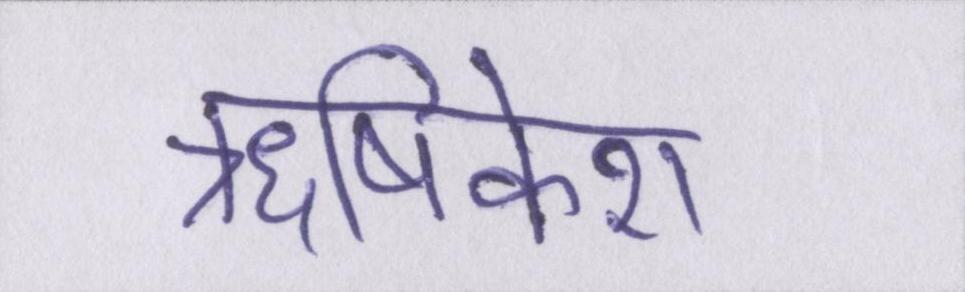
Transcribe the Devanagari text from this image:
ॠषिकेश